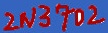
Text: 2N3702